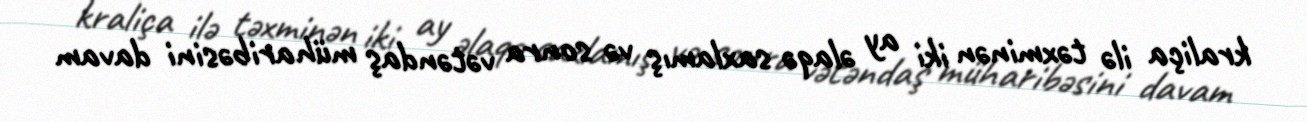
kraliça ilə təxminən iki ay əlaqə saxlamış və sonra vətəndaş müharibəsini davam